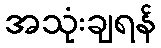
အသုံးချရန်